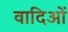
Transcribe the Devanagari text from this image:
वादिओं